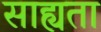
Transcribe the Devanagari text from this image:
साह्यता